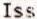
ISS